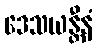
ဒေသယန္တီနံ